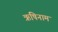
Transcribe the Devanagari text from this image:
ऋषिनाम